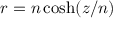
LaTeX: r = n \cosh ( z / n )